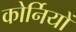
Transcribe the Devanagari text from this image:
कोर्नियों